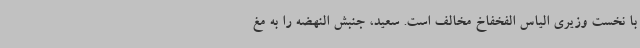
با نخست وزیری الیاس الفخفاخ مخالف است. سعید، جنبش النهضه را به مغ